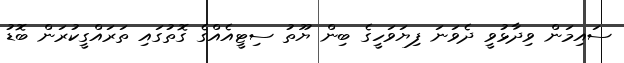
ސައިމަން ވިދާޅުވީ ދެވަނަ ފިޔަވަހީގެ ބިން ޔޫތު ސިޓީއެއްގެ ގޮތުގައި ތަރައްގީކުރަން ބޮޑު